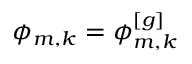
\phi _ { m , k } = \phi _ { m , k } ^ { [ g ] }